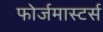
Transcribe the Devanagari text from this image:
फोर्जमास्टर्स